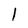
Character: 1